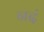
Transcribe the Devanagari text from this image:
नदं